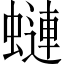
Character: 𧐖